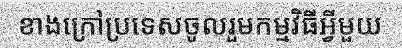
ខាងក្រៅប្រទេសចូលរួមកម្មវិធីអ្វីមួយ